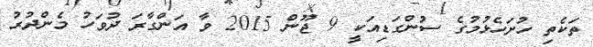
ތަކެތި ހުށަހެޅުމުގެ ސުންގަޑިއަކީ 9 ޖޫން 2015 ވާ އަންގާރަ ދުވަހު މެންދުރު